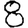
Digit: 8